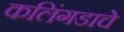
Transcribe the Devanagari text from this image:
कलिंगडाचे